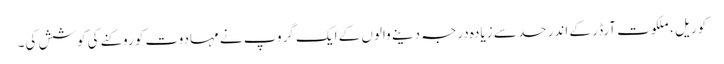
کوریل ، ملکوت آرڈر کے اندر حد سے زیادہ درجہ دینے والوں کے ایک گروپ نے مہادوت کو روکنے کی کوشش کی۔